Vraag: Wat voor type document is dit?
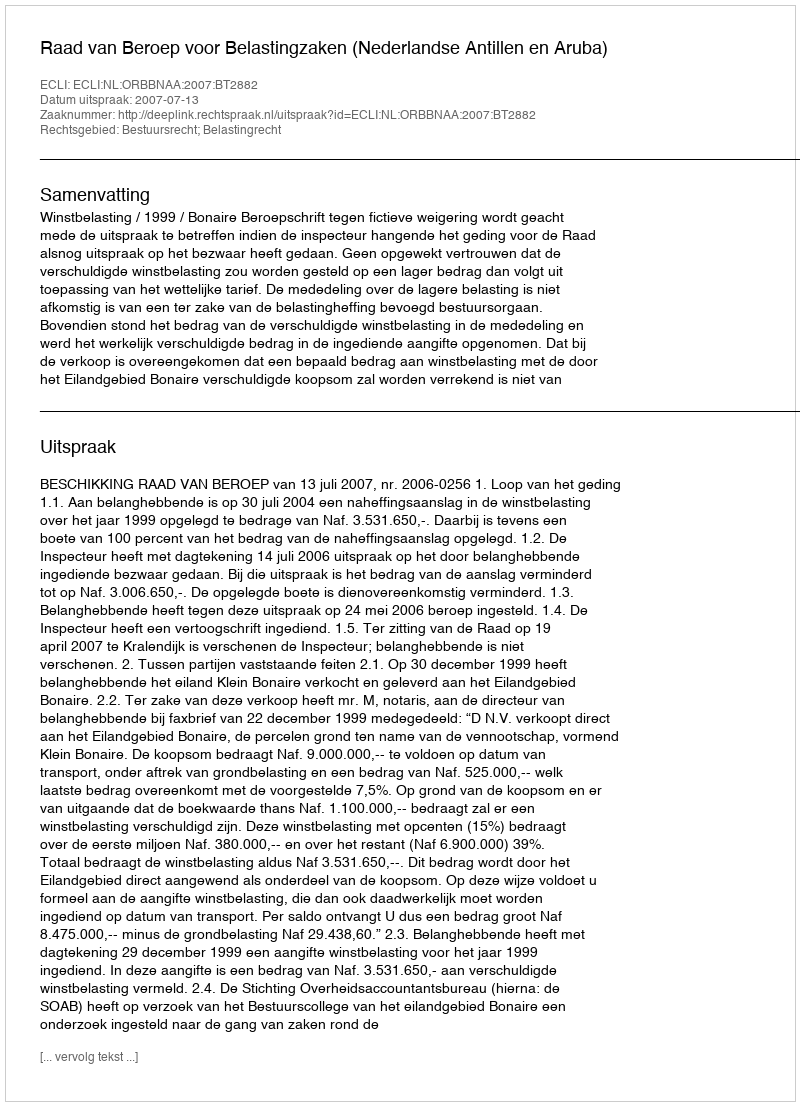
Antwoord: Uitspraak